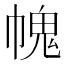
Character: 𢄊